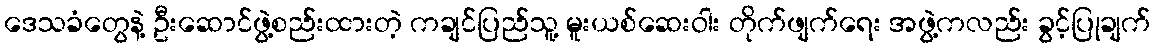
ဒေသခံတွေနဲ့ ဦးဆောင်ဖွဲ့စည်းထားတဲ့ ကချင်ပြည်သူ့ မူးယစ်ဆေးဝါး တိုက်ဖျက်ရေး အဖွဲ့ကလည်း ခွင့်ပြုချက်